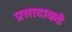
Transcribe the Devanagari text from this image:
प्रसादाकडे